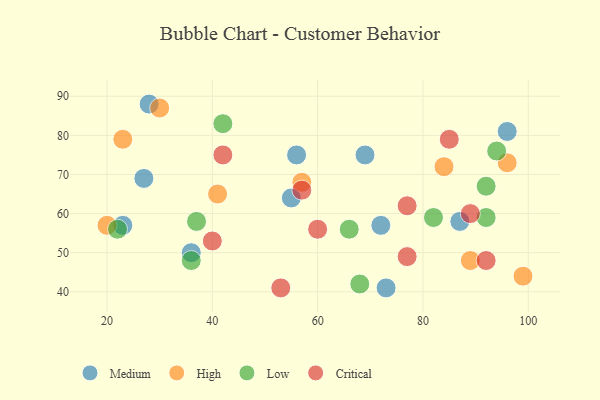
{"axis": {"x": "GDP", "y": "Life Expectancy"}, "legend": ["Critical", "High", "Low", "Medium"], "data": [{"x": "36", "y": 50, "type": "Medium"}, {"x": "55", "y": 64, "type": "Medium"}, {"x": "96", "y": 81, "type": "Medium"}, {"x": "72", "y": 57, "type": "Medium"}, {"x": "56", "y": 75, "type": "Medium"}, {"x": "27", "y": 69, "type": "Medium"}, {"x": "28", "y": 88, "type": "Medium"}, {"x": "23", "y": 57, "type": "Medium"}, {"x": "87", "y": 58, "type": "Medium"}, {"x": "73", "y": 41, "type": "Medium"}, {"x": "69", "y": 75, "type": "Medium"}, {"x": "41", "y": 65, "type": "High"}, {"x": "57", "y": 68, "type": "High"}, {"x": "89", "y": 48, "type": "High"}, {"x": "30", "y": 87, "type": "High"}, {"x": "23", "y": 79, "type": "High"}, {"x": "84", "y": 72, "type": "High"}, {"x": "96", "y": 73, "type": "High"}, {"x": "99", "y": 44, "type": "High"}, {"x": "20", "y": 57, "type": "High"}, {"x": "37", "y": 58, "type": "Low"}, {"x": "94", "y": 76, "type": "Low"}, {"x": "66", "y": 56, "type": "Low"}, {"x": "68", "y": 42, "type": "Low"}, {"x": "42", "y": 83, "type": "Low"}, {"x": "22", "y": 56, "type": "Low"}, {"x": "92", "y": 59, "type": "Low"}, {"x": "82", "y": 59, "type": "Low"}, {"x": "36", "y": 48, "type": "Low"}, {"x": "92", "y": 67, "type": "Low"}, {"x": "42", "y": 75, "type": "Critical"}, {"x": "89", "y": 60, "type": "Critical"}, {"x": "57", "y": 66, "type": "Critical"}, {"x": "53", "y": 41, "type": "Critical"}, {"x": "40", "y": 53, "type": "Critical"}, {"x": "85", "y": 79, "type": "Critical"}, {"x": "77", "y": 49, "type": "Critical"}, {"x": "92", "y": 48, "type": "Critical"}, {"x": "77", "y": 62, "type": "Critical"}, {"x": "60", "y": 56, "type": "Critical"}]}